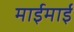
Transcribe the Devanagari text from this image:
माईमाई